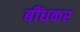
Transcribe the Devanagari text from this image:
बींधकर